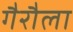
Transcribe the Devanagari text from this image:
गैरौला